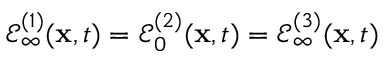
\mathcal { E } _ { \infty } ^ { ( 1 ) } ( \mathbf { x } , t ) = \mathcal { E } _ { 0 } ^ { ( 2 ) } ( \mathbf { x } , t ) = \mathcal { E } _ { \infty } ^ { ( 3 ) } ( \mathbf { x } , t )